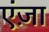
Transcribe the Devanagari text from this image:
एंज़ा